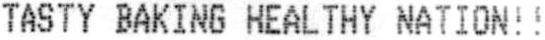
TASTY BAKING HEALTHY NATION!!